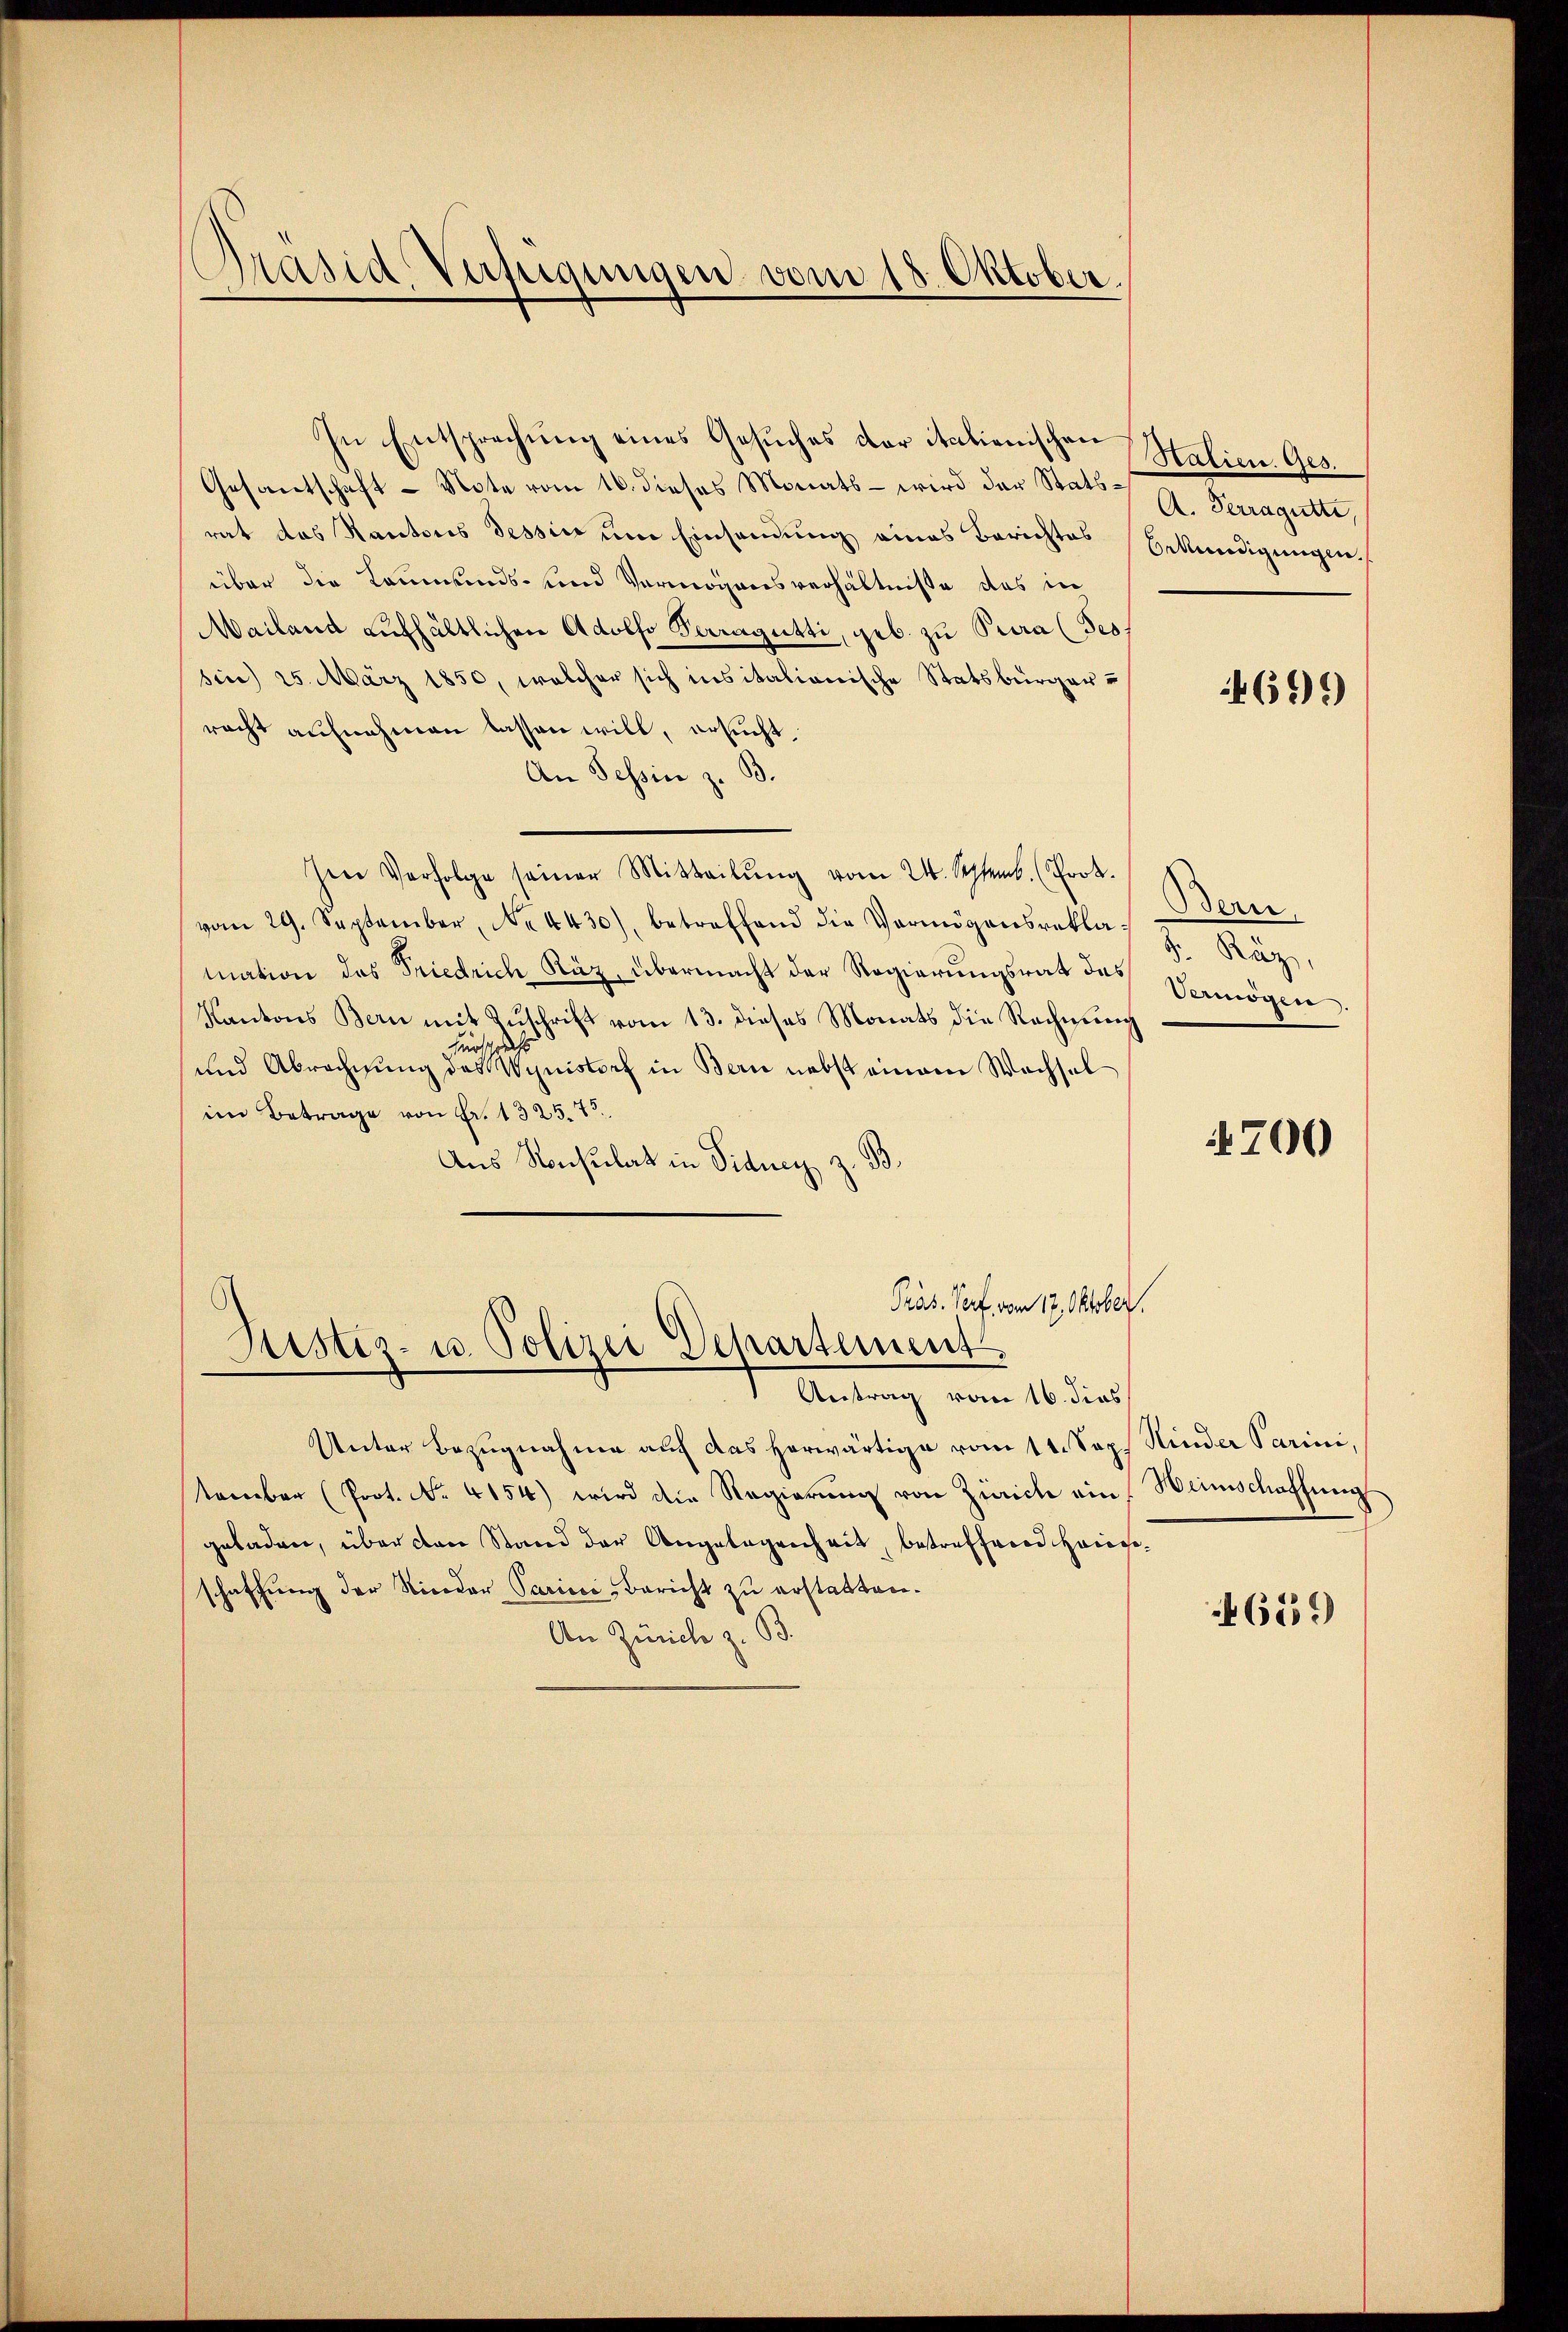
Präsid Verfügungen vom 18. Oktober.

In Entsprechung eines Gesuches der italienischen Halien Ges.

Gesantschaft - Note vom 16. dieses Monats - wird der Stats-Serragatte,
rat das Kantons Tessin um Einsendung eines Berichtes Bekundigungen.
über die Leumunds- und Vermögensverhältniße des in
Mailand aufhältlichen Adolfo Perragütti, geb. zu Pura (Tes
sin) 25. März 1850, welcher sich insitationische Statsbürger u
racht aufnehmen lassen will, ersucht.
An Tessin z. B.
Jene Verfolge seiner Mitteilŭng vom 24. Septemb. (Poot.
vom 29. September, No 4430), betreffend die Vermögensreklamation das Friedrich Käz, übermacht der Regierungsrath des Vermögen
Kantons Bern mit Zŭschrift vom 13. dieses Monats die Rechnŭng
hürschricht
und Abrechnung des Wyuistorf in Bern nebst einem Wachsel
im Betrage von Fr. 1325. 75.
Aus Konsulat in Sidney z. B.
Präs. Torf vom 17. Oktober.
Justiz- u. Polizei Departement
Antrag vom 16. dies
Unter Bezugnahme auf das herwärtige vom 11. Sop. Kinder Parini,
tember (Prot. No. 4154) wird die Regierung von Zürich ein
geladen, über den Stand der Angelegenheit, betreffend Hausschaffung der Niceder Parisci Bericht zu erstatten.
An Zürich z. B.

699)

Bern
F. Räz,

700

Weinschaffung

689